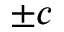
\pm c